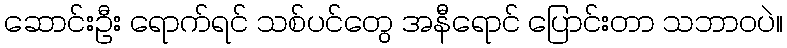
ဆောင်းဦး ရောက်ရင် သစ်ပင်တွေ အနီရောင် ပြောင်းတာ သဘာဝပဲ။